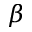
\beta